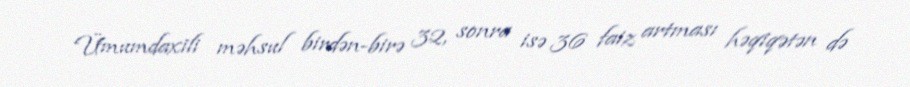
Ümumdaxili məhsul birdən-birə 32, sonra isə 36 faiz artması həqiqətən də